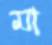
মা